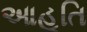
આહૂતિ